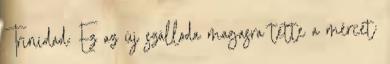
Trinidad: Ez az új szálloda magasra tette a mércét: